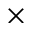
\times